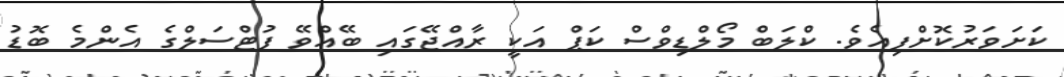
ކަށަވަރުކޮށްފިއެވެ. ކްލަބް މޯލްޑިވްސް ކަޕް އަކީ ރާއްޖޭގައި ބޭއްވޭ ފުޓްސަލްގެ އެންމެ ބޮޑު